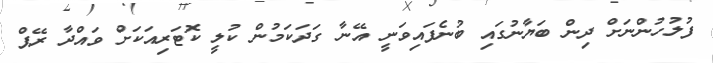
ފުލުހުންނަށް ދިން ބަޔާނުގައި ބުނެފައިވަނީ އޭނާ ގަދަކަމުން ކުލީ ކޮޓަރިއަކަށް ވައްދާ ރޭޕް